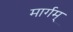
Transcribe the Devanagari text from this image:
मार्गम्‌